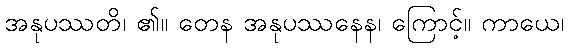
အနုပဿတိ၊ ၏။ တေန အနုပဿနေန၊ ကြောင့်။ ကာယေ၊